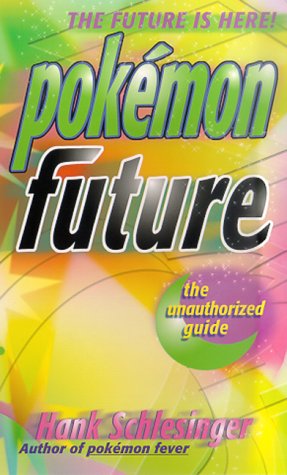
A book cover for Pokemon Future: The unauthorized Guide; Hank Schlesinger; Computers & Technology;